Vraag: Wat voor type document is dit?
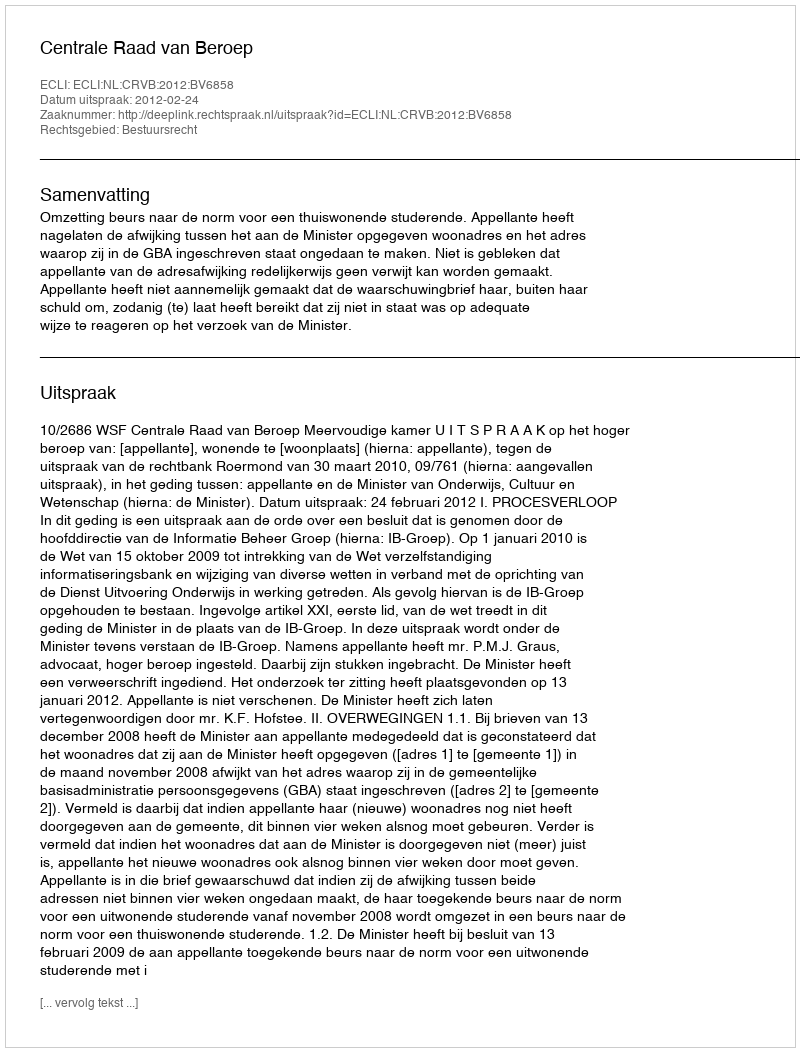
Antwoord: Uitspraak